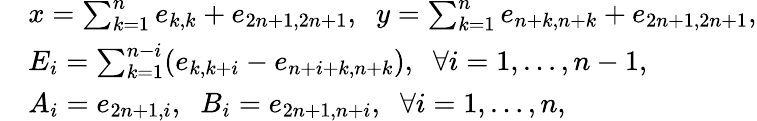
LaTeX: \begin{array}{rl}&{x=\sum_{k=1}^{n}e_{k,k}+e_{2n+1,2n+1},\; \; y=\sum_{k=1}^{n}e_{n+k,n+k}+e_{2n+1,2n+1},}\\ &{E_{i}=\sum_{k=1}^{n-i}(e_{k,k+i}-e_{n+i+k,n+k}),\; \; \forall i=1,\ldots,n-1,}\\ &{A_{i}=e_{2n+1,i},\; \; B_{i}=e_{2n+1,n+i},\; \; \forall i=1,\ldots,n,}\end{array}